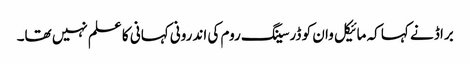
براڈ نے کہا کہ مائیکل وان کو ڈرسینگ روم کی اندرونی کہانی کا علم نہیں تھا۔